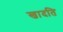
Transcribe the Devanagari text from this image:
खादति